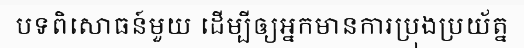
បទពិសោធន៍មួយ ដើម្បីឲ្យអ្នកមានការប្រុងប្រយ័ត្ន